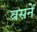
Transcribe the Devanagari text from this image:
बसनें